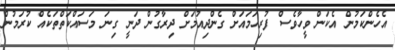
އެހެންކަމުން އެކަން ވީހާވެސް ފުރިހަމައަށް ގެންދިއުމަށް ދިރާގުން ދަނީ ގިނަ މަސައްކަތްތަކެއް ކުރަމުން